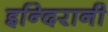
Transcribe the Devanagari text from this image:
इन्दिरानी